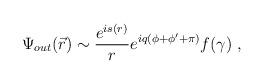
LaTeX: \begin{align*}\Psi_{out}(\vec{r})\sim \frac{e^{is(r)}}re^{iq(\phi+\phi'+\pi)}f(\gamma) \ ,\end{align*}